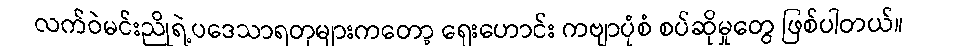
လက်ဝဲမင်းညိုရဲ့ပဒေသာရတုများကတော့ ရှေးဟောင်း ကဗျာပုံစံ စပ်ဆိုမှုတွေ ဖြစ်ပါတယ်။